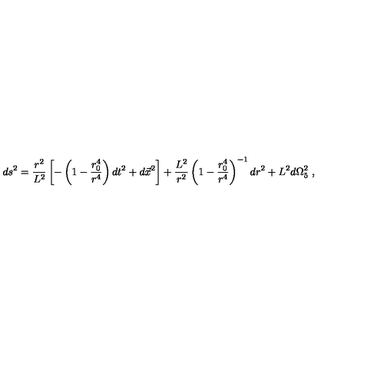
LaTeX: d s ^ { 2 } = { \frac { r ^ { 2 } } { L ^ { 2 } } } \left[ - \left( 1 - { \frac { r _ { 0 } ^ { 4 } } { r ^ { 4 } } } \right) d t ^ { 2 } + d \vec { x } ^ { 2 } \right] + { \frac { L ^ { 2 } } { r ^ { 2 } } } \left( 1 - { \frac { r _ { 0 } ^ { 4 } } { r ^ { 4 } } } \right) ^ { - 1 } d r ^ { 2 } + L ^ { 2 } d \Omega _ { 5 } ^ { 2 } \ ,